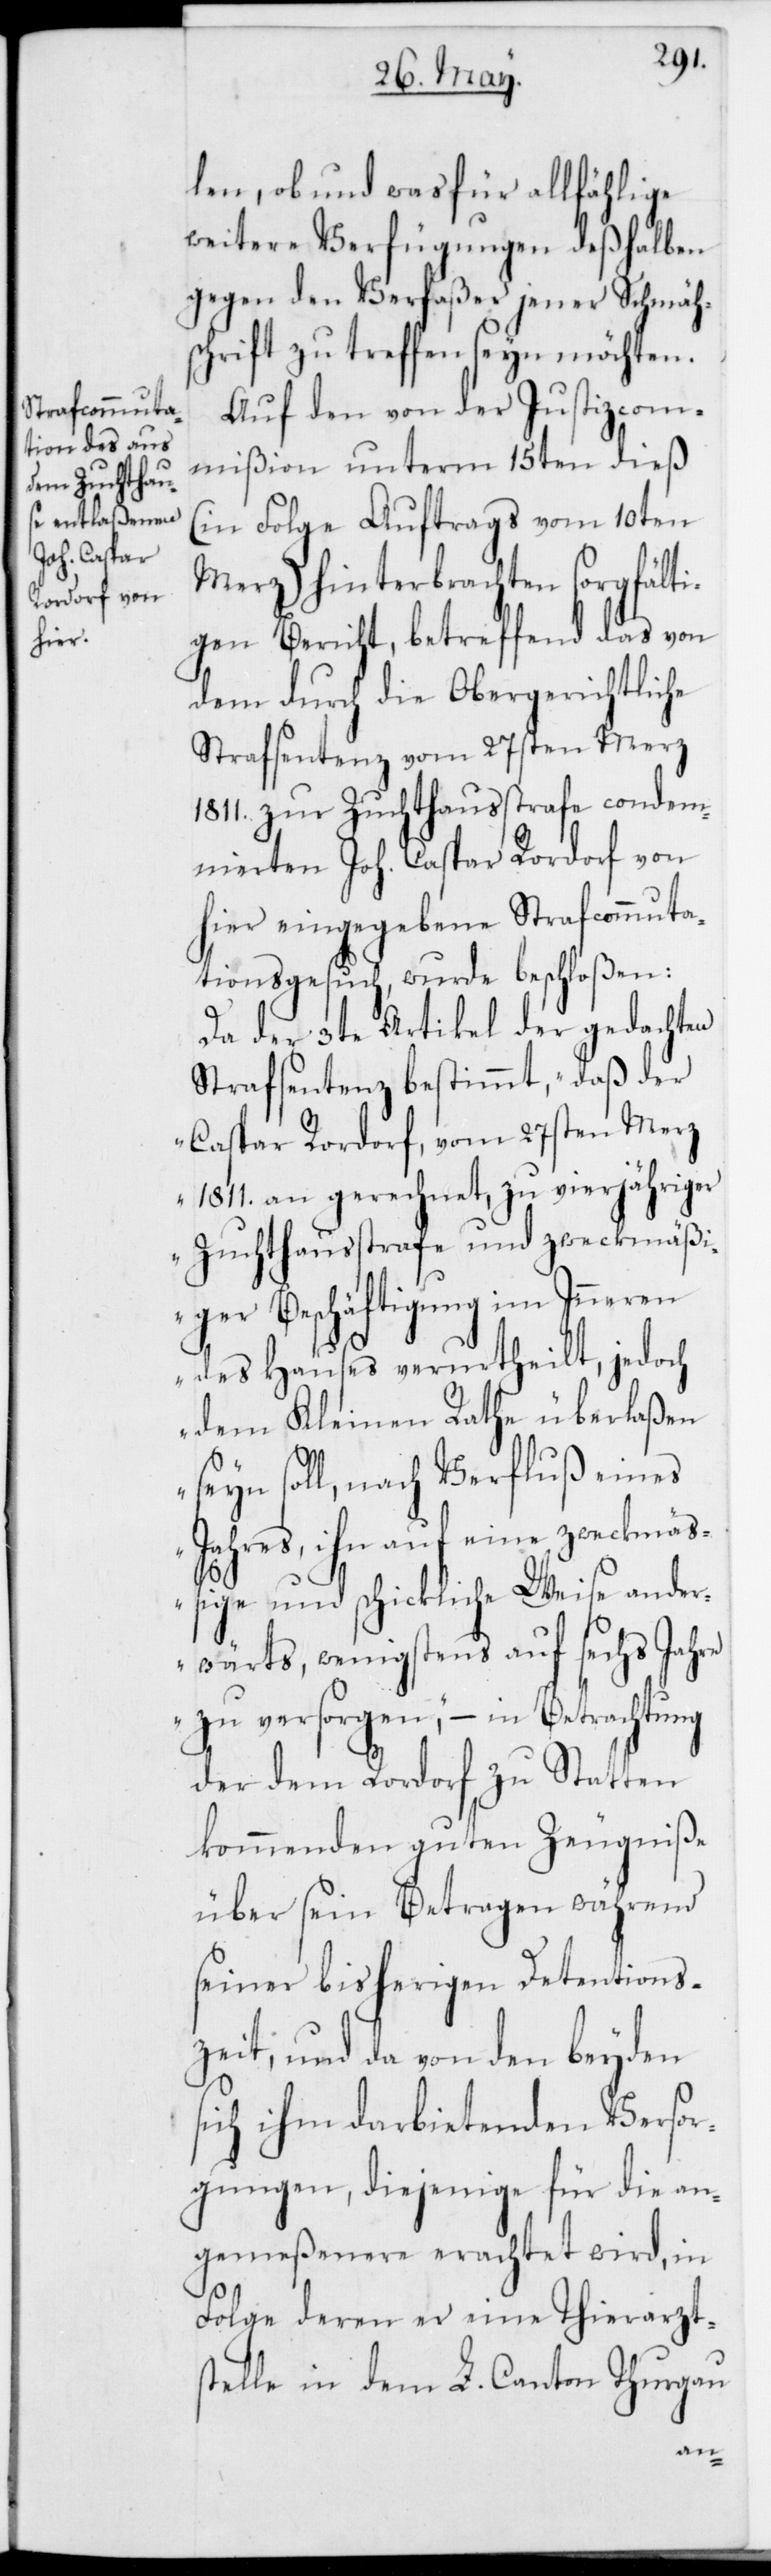
len, ob und was für allfählige
weitere Verfügungen deßhalben
gegen den Verfaßer jener Schmäh¬
schrift zu treffen seyn möchten.
Auf den von der Justizcom¬
mißion unterm 15ten dieß
(in Folge Auftrags vom 10ten
Merz) hinterbrachten sorgfälti¬
gen Bericht, betreffend das von
dem durch die Obergerichtliche
Strafsentenz vom 27sten Merz
1811. zur Zuchthausstrafe condem¬
nierten Joh. Caspar Rordorf von
hier eingegebenen Strafcommuta¬
tionsgesuch, wurde beschloßen:
Da der 3te Artikel der gedachten
Strafsentenz bestimmt, „daß der
Caspar Rordorf vom 27sten Merz
1811. an gerechnet, zu vierjähriger
Zuchthausstrafe und zweckmäß¬
iger Beschäftigung im Inneren
des Hauses verurtheilt, jedoch
dem Kleinen Rathe überlaßen
seyn soll, nach Verfluß eines
Jahres, ihn auf eine zweckmäß¬
ige und schickliche Weise ander¬
wärts, wenigstens auf sechs Jahre
zu versorgen“, – in Betrachtung
der dem Rordorf zu Statten
kommenden guten Zeugniße
über sein Betragen während
seiner bisherigen Detentions¬
zeit; und da von den beyden
sich ihm darbietenden Versor¬
gungen, diejenige für die an¬
gemeßenere erachtet wird, in
Folge deren er eine Tierarzt¬
stelle in dem L. Canton Thurgau